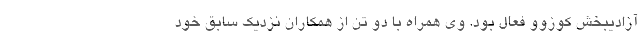
آزادیبخش کوزوو فعال بود. وی همراه با دو تن از همکاران نزدیک سابق خود